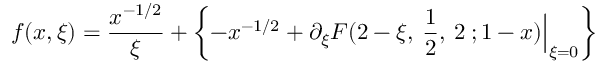
f ( x , \xi ) = \frac { x ^ { - 1 / 2 } } { \xi } + \left\{ - x ^ { - 1 / 2 } + \partial _ { \xi } { \cal F } ( 2 - \xi , \: \frac { 1 } { 2 } , \: 2 \: ; 1 - x ) \Big | _ { \xi = 0 } \right\}